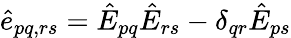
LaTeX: \hat{e}_{pq,rs}=\hat{E}_{pq}\hat{E}_{rs}-\delta_{qr}\hat{E}_{ps}